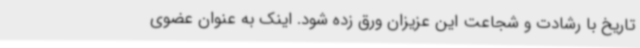
تاریخ با رشادت و شجاعت این عزیزان ورق زده شود. اینک به عنوان عضوی